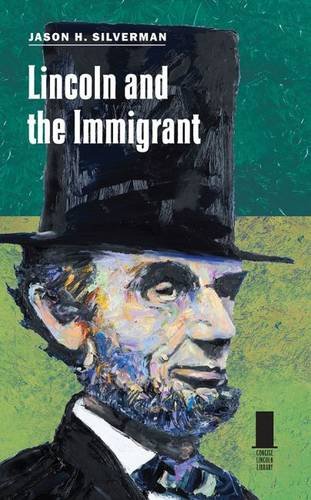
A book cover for Lincoln and the Immigrant (Concise Lincoln Library); Jason H. Silverman; History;